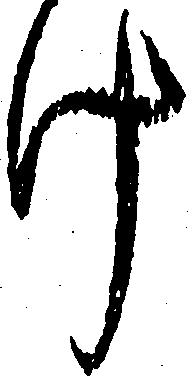
け